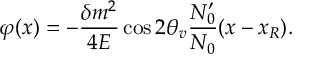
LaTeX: \varphi ( x ) = - \frac { \delta m ^ { 2 } } { 4 E } \cos { 2 \theta _ { v } } \frac { N _ { 0 } ^ { \prime } } { N _ { 0 } } ( x - x _ { R } ) .